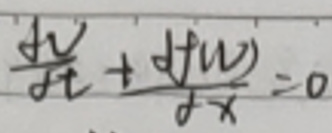
$\frac{\partial v}{\partial t}+\frac{\partial f(w)}{\partial x}=0$